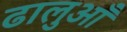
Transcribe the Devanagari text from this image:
ढालुआँ